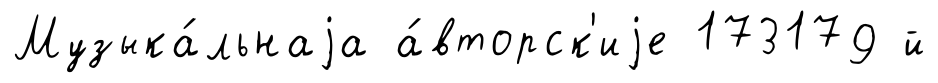
Музыка́льнаjа а́вторск'иjе 173179 й